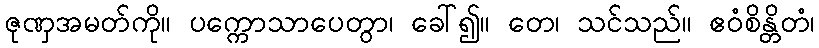
ဇုဏှအမတ်ကို။ ပက္ကောသာပေတွာ၊ ခေါ်၍။ တေ၊ သင်သည်။ ဧဝံစိန္တိတံ၊